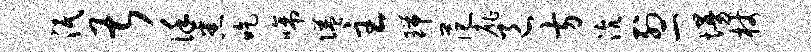
泯甚谨悉吃啼隘主瑞范扉邑方沆列二墁杖